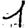
Digit: 1